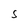
Character: S